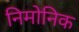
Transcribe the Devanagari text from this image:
निमोनिक